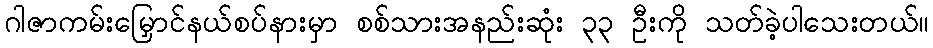
ဂါဇာကမ်းမြှောင်နယ်စပ်နားမှာ စစ်သားအနည်းဆုံး ၃၃ ဦးကို သတ်ခဲ့ပါသေးတယ်။